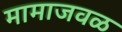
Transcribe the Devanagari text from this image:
मामाजवळ